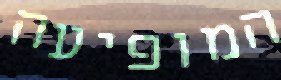
המופיעה